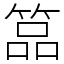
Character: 𥰔